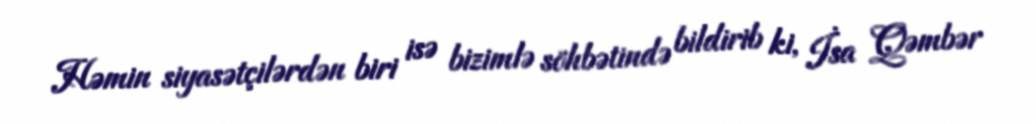
Həmin siyasətçilərdən biri isə bizimlə söhbətində bildirib ki, İsa Qəmbər